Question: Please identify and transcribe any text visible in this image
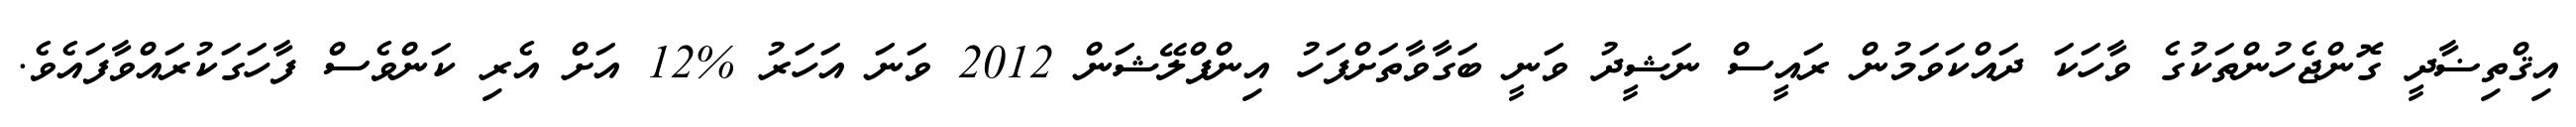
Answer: އިޤްތިޟާދީ ގޮންޖެހުންތަކުގެ ވާހަކަ ދައްކަވަމުން ރައީސް ނަޝީދު ވަނީ ބަގާވާތަށްފަހު އިންފްލޭޝަން 2012 ވަނަ އަހަރު %12 އަށް އެރި ކަންވެސް ފާހަގަކުރައްވާފައެވެ.